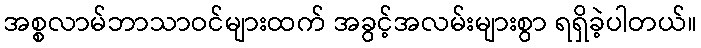
အစ္စလာမ်ဘာသာဝင်များထက် အခွင့်အလမ်းများစွာ ရရှိခဲ့ပါတယ်။